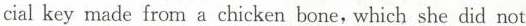
cial key made from a chicken bone, which she did not